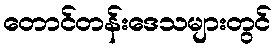
တောင်တန်းဒေသများတွင်